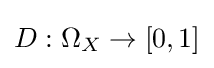
D:\Omega _{X}\to [0,1]